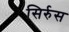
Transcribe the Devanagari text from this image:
सिर्रुस